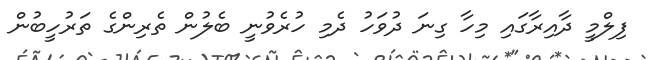
ފިލްމީ ދާއިރާގައި މިހާ ގިނަ ދުވަހު ދެމި ހުރެވުނީ ބެލުން ތެރިންގެ ތަރުހީބުން